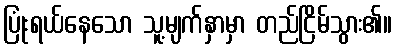
ပြုံးရယ်နေသော သူ့မျက်နှာမှာ တည်ငြိမ်သွား၏။